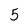
Character: 5